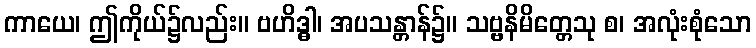
ကာယေ၊ ဤကိုယ်၌လည်း။ ဗဟိဒ္ဓါ၊ အပသန္တာန်၌။ သဗ္ဗနိမိတ္တေသု စ၊ အလုံးစုံသော